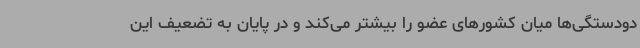
دودستگی‌ها میان کشورهای عضو را بیشتر می‌کند و در پایان به تضعیف این